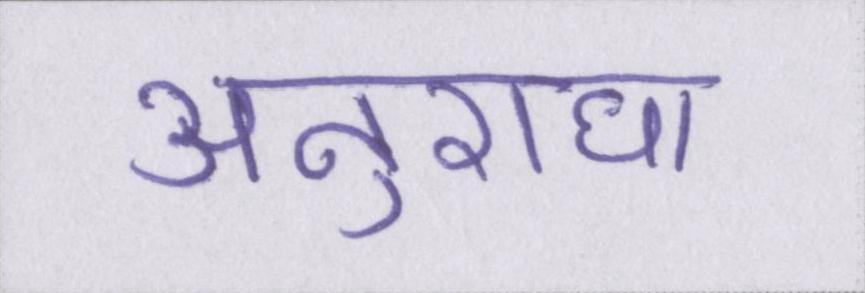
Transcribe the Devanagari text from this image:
अनुराधा